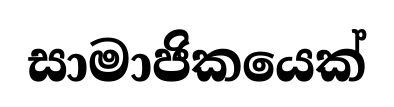
සාමාජිකයෙක්